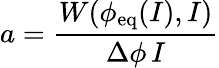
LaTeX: a=\frac{W(\phi_{\mathrm{eq}}(I),I)}{\Delta\phi\, I}